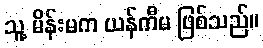
သူ့ မိန်းမက ယန်ကီမ ဖြစ်သည်။